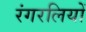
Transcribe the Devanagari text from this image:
रंगरलियों